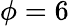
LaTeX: \phi=6